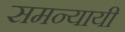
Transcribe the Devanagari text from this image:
समन्यायी